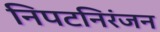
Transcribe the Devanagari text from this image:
निपटनिरंजन